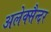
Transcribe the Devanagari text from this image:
अलेक्सैन्दर